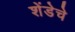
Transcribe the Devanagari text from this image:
शेंडेचे